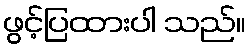
ဖွင့်ပြထားပါ သည်။